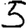
Digit: 5